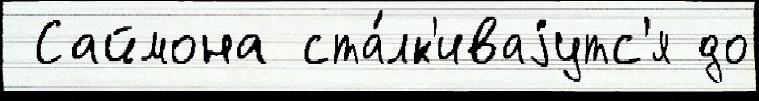
 Саймона ста́лк'иваjутс'я до